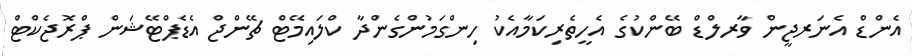
އެންޑް އެނަރޖީން ވާރލްޑް ބޭންކުގެ އެހީތެރިކަމާއެކު ހިންގަމުންގެންދާ ކްލައިމޭޓް ޗޭންޖް އެޑެޕްޓޭޝަން ޕްރޮޖެކްޓް